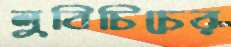
লুবিচিচের